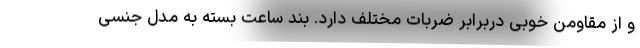
و از مقاومن خوبی دربرابر ضربات مختلف دارد. بند ساعت بسته به مدل جنسی